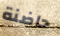
حاضنة